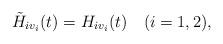
LaTeX: \begin{align*}\tilde{H}_{iv_i}(t)=H_{iv_i}(t)\quad(i=1,2),\end{align*}